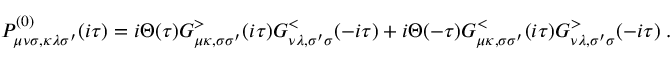
P _ { \mu \nu \sigma , \kappa \lambda \sigma ^ { \prime } } ^ { ( 0 ) } ( i \tau ) = i \Theta ( \tau ) G _ { \mu \kappa , \sigma \sigma ^ { \prime } } ^ { > } ( i \tau ) G _ { \nu \lambda , \sigma ^ { \prime } \sigma } ^ { < } ( - i \tau ) + i \Theta ( - \tau ) G _ { \mu \kappa , \sigma \sigma ^ { \prime } } ^ { < } ( i \tau ) G _ { \nu \lambda , \sigma ^ { \prime } \sigma } ^ { > } ( - i \tau ) \; .